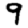
Digit: 9